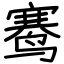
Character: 𬸣